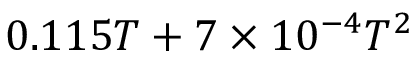
0 . 1 1 5 T + 7 \times 1 0 ^ { - 4 } T ^ { 2 }